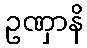
ဥဏှာနိ